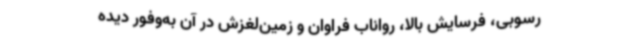
رسوبی، فرسایش بالا، رواناب فراوان و زمین‌لغزش در آن به‌وفور دیده